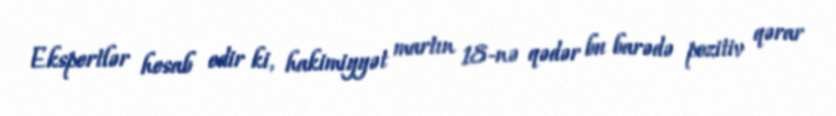
Ekspertlər hesab edir ki, hakimiyyət martın 18-nə qədər bu barədə pozitiv qərar